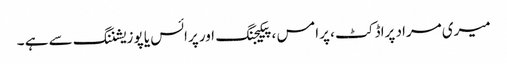
میری مراد پراڈکٹ ، پرامس ، پیکیجنگ اور پرائس یا پوزیشننگ سے ہے ۔